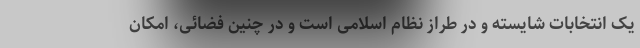
یک انتخابات شایسته و در طراز نظام اسلامی است و در چنین فضائی، امکان